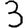
Digit: 3